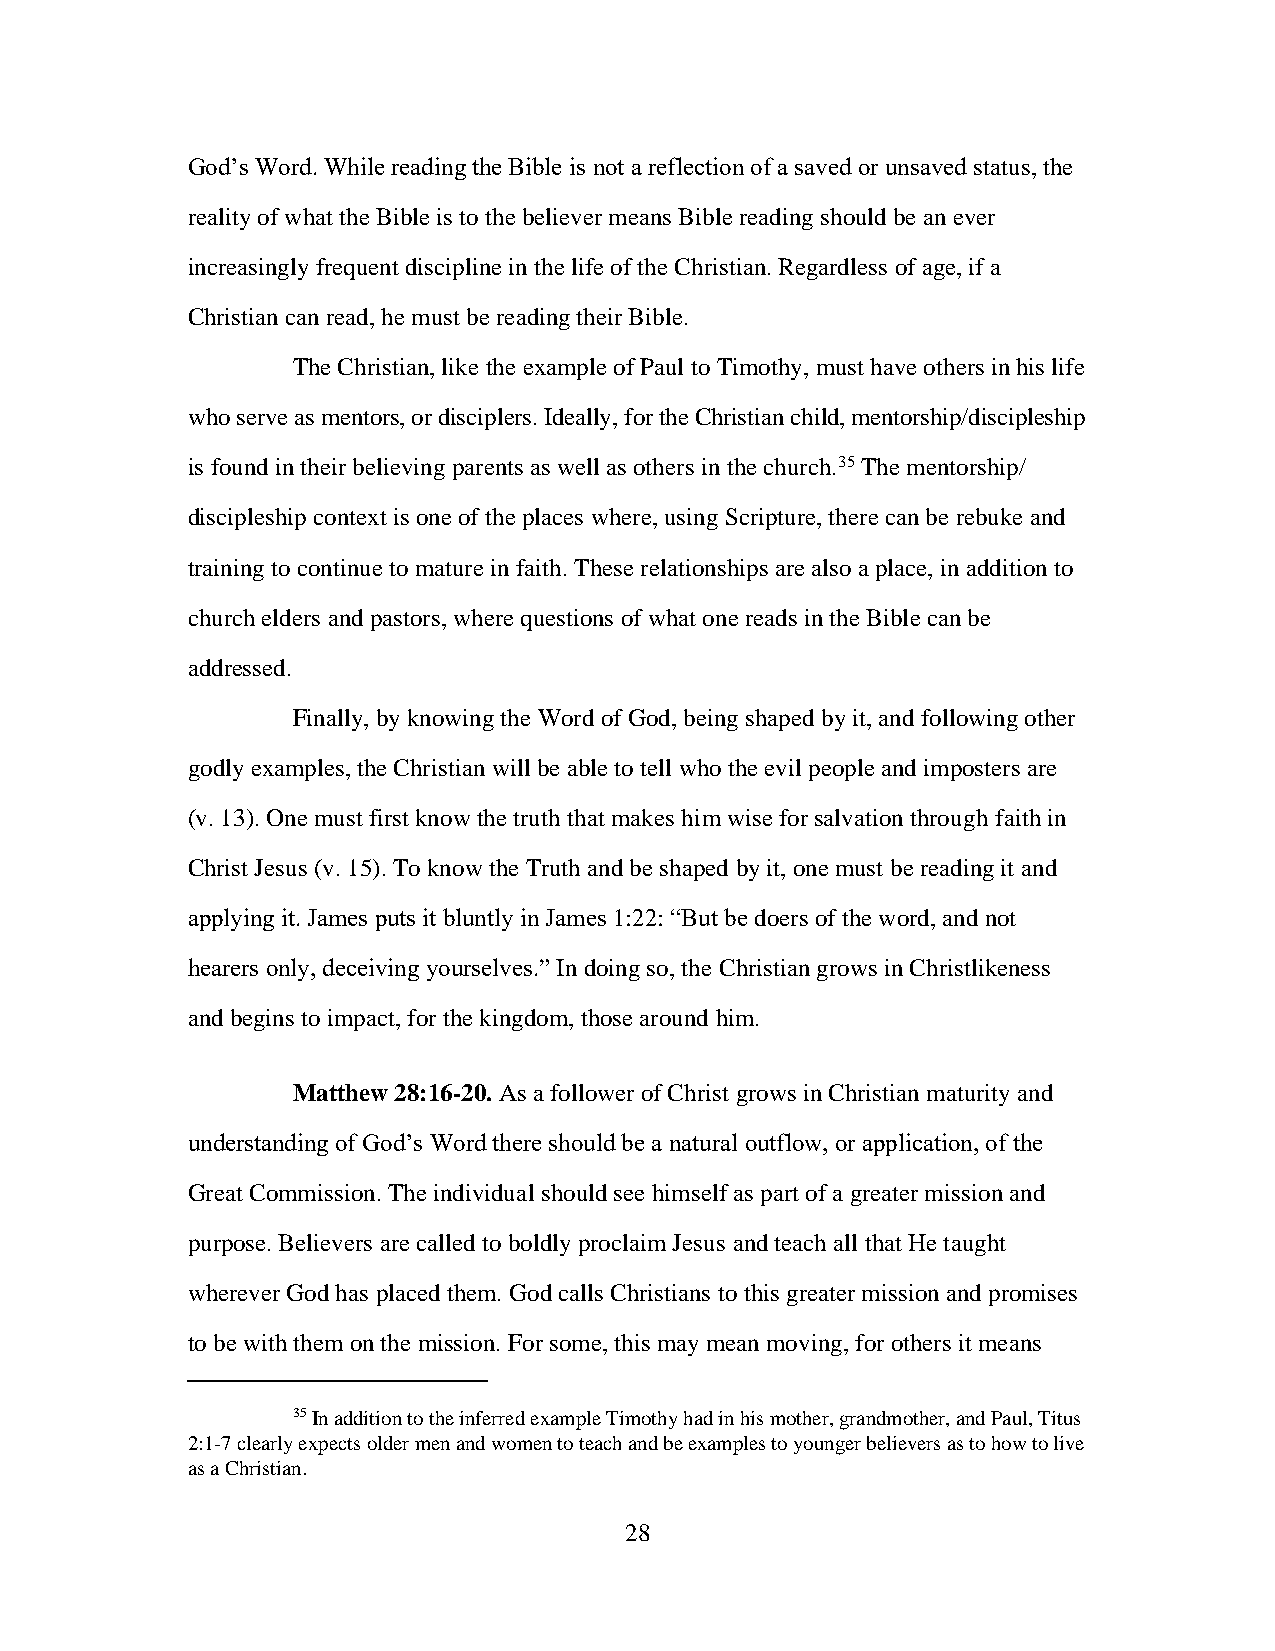
God’s Word. While reading the Bible is not a reflection of a saved or unsaved status, the
 reality of what the Bible is to the believer means Bible reading should be an ever
 increasingly frequent discipline in the life of the Christian. Regardless of age, if a
 Christian can read, he must be reading their Bible.
 The Christian, like the example of Paul to Timothy, must have others in his life
 who serve as mentors, or disciplers. Ideally, for the Christian child, mentorship/discipleship
 is found in their believing parents as well as others in the church.35 The mentorship/
 discipleship context is one of the places where, using Scripture, there can be rebuke and
 training to continue to mature in faith. These relationships are also a place, in addition to
 church elders and pastors, where questions of what one reads in the Bible can be
 addressed.
 Finally, by knowing the Word of God, being shaped by it, and following other
 godly examples, the Christian will be able to tell who the evil people and imposters are
 (v. 13). One must first know the truth that makes him wise for salvation through faith in
 Christ Jesus (v. 15). To know the Truth and be shaped by it, one must be reading it and
 applying it. James puts it bluntly in James 1:22: “But be doers of the word, and not
 hearers only, deceiving yourselves.” In doing so, the Christian grows in Christlikeness
 and begins to impact, for the kingdom, those around him.
 Matthew 28:16-20. As a follower of Christ grows in Christian maturity and
 understanding of God’s Word there should be a natural outflow, or application, of the
 Great Commission. The individual should see himself as part of a greater mission and
 purpose. Believers are called to boldly proclaim Jesus and teach all that He taught
 wherever God has placed them. God calls Christians to this greater mission and promises
 to be with them on the mission. For some, this may mean moving, for others it means
 35 In addition to the inferred example Timothy had in his mother, grandmother, and Paul, Titus
 2:1-7 clearly expects older men and women to teach and be examples to younger believers as to how to live
 as a Christian.
 28